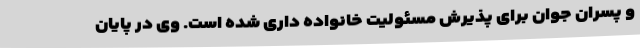
و پسران جوان برای پذیرش مسئولیت خانواده داری شده است. وی در پایان